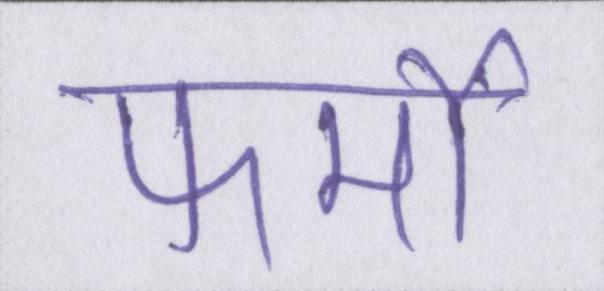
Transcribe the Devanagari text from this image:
फर्मों